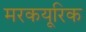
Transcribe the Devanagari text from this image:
मरकयूरिक